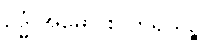
ဥဒ္ဓံ အဓော စ တိရိယဉ္စ၊